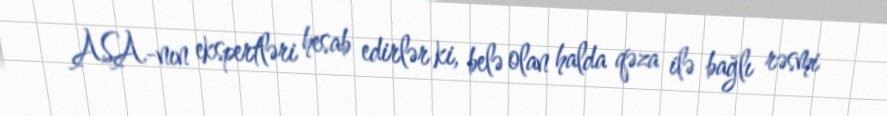
ASA-nın ekspertləri hesab edirlər ki, belə olan halda qəza ilə bağlı rəsmi